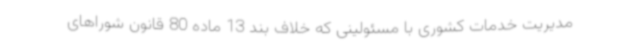
مدیریت خدمات کشوری با مسئولینی که خلاف بند 13 ماده 80 قانون شوراهای